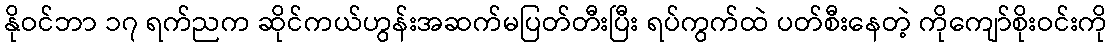
နိုဝင်ဘာ ၁၇ ရက်ညက ဆိုင်ကယ်ဟွန်းအဆက်မပြတ်တီးပြီး ရပ်ကွက်ထဲ ပတ်စီးနေတဲ့ ကိုကျော်စိုးဝင်းကို